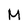
Character: M